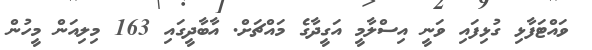
ވައްޓަފާޅި ގުޅިފައި ވަނީ އިސްލާމީ އަގީދާގެ މައްޗަށް. އާބާދީގައި 163 މިލިއަން މީހުން